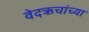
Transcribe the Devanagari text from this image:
वेदऋचांच्या